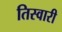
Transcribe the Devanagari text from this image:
तिस्वारी